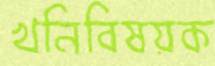
খনিবিষয়ক